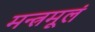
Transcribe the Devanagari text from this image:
मन्त्रमूलं